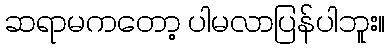
ဆရာမကတော့ ပါမလာပြန်ပါဘူး။